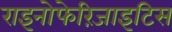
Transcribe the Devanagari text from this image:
राइनोफेरिंजाइटिस